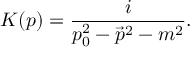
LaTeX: K ( p ) = { \frac { i } { p _ { 0 } ^ { 2 } - { \vec { p } } ^ { 2 } - m ^ { 2 } } } .